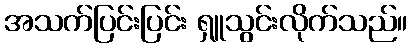
အသက်ပြင်းပြင်း ရှူသွင်းလိုက်သည်။